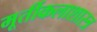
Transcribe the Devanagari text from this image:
मूर्तीकलाशास्त्र